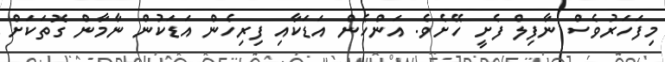
މިފަހަރުވެސް ނާފިލް ފެށީ ހޭށެވެ. އަންހެން އަޑަކާއި ފިރިހެން އަޑަކުން ނާމާން ގޮތަކަށް